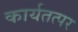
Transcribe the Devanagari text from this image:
कार्यतत्‍पर